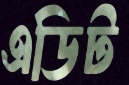
এডিট